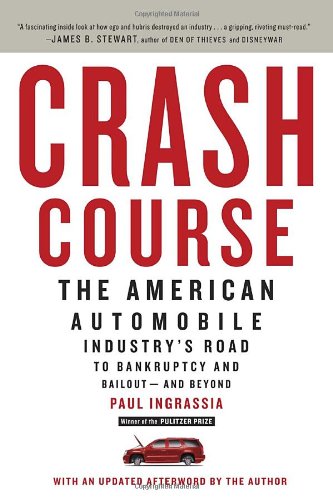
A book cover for Crash Course: The American Automobile Industry's Road to Bankruptcy and Bailout-and Beyond; Paul Ingrassia; Business & Money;